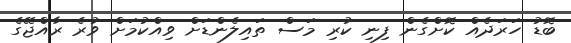
ބޮޑު ހަރަދެއް ކޮށްގެން ފިނި ކުރި މަސް ތައިލެންޑަށް ވިއްކުމަށް ވުރެ ރާއްޖޭގެ